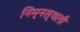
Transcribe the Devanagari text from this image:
निम्नस्थली